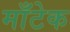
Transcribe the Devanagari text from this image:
माँटेक